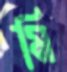
মি